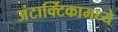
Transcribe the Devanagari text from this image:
अंटार्क्टिकामध्ये